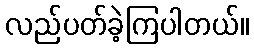
လည်ပတ်ခဲ့ကြပါတယ်။